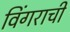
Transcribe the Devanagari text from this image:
विंगराची